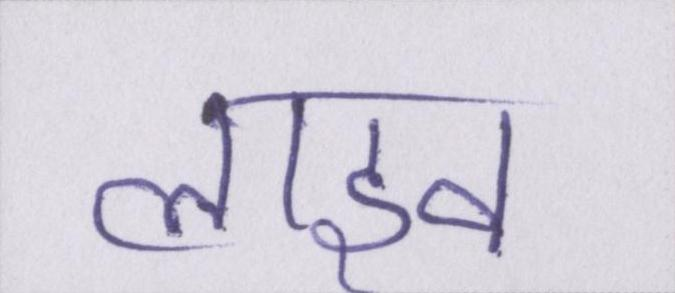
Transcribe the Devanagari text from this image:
लाइव